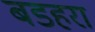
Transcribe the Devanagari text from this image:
बडहरा